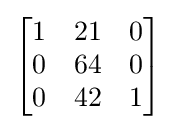
{\begin{bmatrix}1&21&0\\0&64&0\\0&42&1\end{bmatrix}}